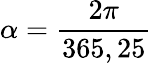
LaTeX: \alpha=\frac{2\pi}{365,25}